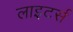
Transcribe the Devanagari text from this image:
लाइटर्स